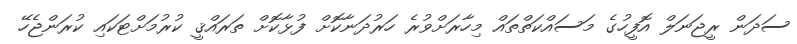
ސަދަން ރީޖަނަލް އޮފީހުގެ މަސައްކަތްތައް މިހާރަށްވުރެ ހަރުދަނާކޮށް ފުޅާކޮށް ތަރައްޤީ ކުރުމަށްޓަކައި ކުރަންޖެހޭ